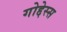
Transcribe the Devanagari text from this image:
गोद्देस्स